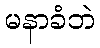
မနာခံဘဲ